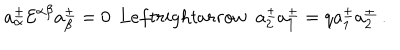
a _ { \alpha } ^ { \pm } { \cal E } ^ { \alpha \beta } a _ { \beta } ^ { \pm } = 0 \ \, L e f t r i g h t a r r o w \ \ a _ { 2 } ^ { \pm } a _ { 1 } ^ { \pm } = q a _ { 1 } ^ { \pm } a _ { 2 } ^ { \pm } \ .